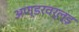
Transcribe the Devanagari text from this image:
अण्डरवर्ल्ड़